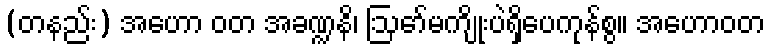
(တနည်း) အဟော ဝတ အခဏ္ဍနိ၊ ဩော်မကျိုးပဲရှိပေကုန်စွ။ အဟောဝတ